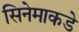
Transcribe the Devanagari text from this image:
सिनेमाकडे